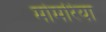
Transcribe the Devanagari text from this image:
मोमरिया